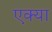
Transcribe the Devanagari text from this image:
एक्या